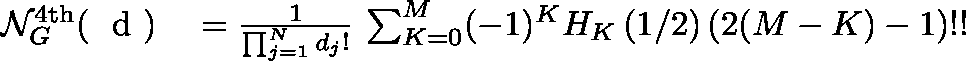
\begin{array} { r l } { \mathcal { N } _ { G } ^ { \mathrm { 4 t h } } ( \mathrm { ~ \boldmath ~ d ~ } ) } & { { } = \frac { 1 } { \prod _ { j = 1 } ^ { N } d _ { j } ! } \, \sum _ { K = 0 } ^ { M } ( - 1 ) ^ { K } H _ { K } \left( 1 / 2 \right) ( 2 ( M - K ) - 1 ) ! ! } \end{array}